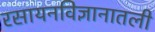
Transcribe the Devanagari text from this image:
रसायनविज्ञानातली